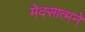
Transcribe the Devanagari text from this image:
मेदसात्मने